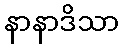
နာနာဒိသာ